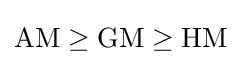
\mathrm {AM} \geq \mathrm {GM} \geq \mathrm {HM}